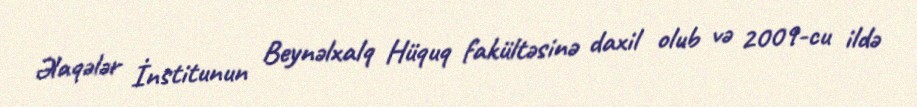
Əlaqələr İnstitunun Beynəlxalq Hüquq fakültəsinə daxil olub və 2009-cu ildə